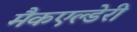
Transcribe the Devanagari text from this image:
मैकएल्डेरी